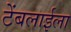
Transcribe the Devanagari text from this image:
टेंबलाईला